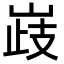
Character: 𡹉